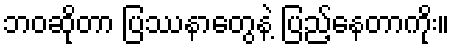
ဘဝဆိုတာ ပြဿနာတွေနဲ့ ပြည့်နေတာကိုး။